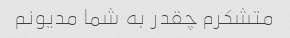
متشکرم چقدر به شما مدیونم